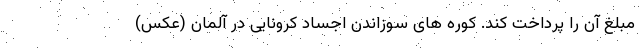
مبلغ آن را پرداخت کند. کوره های سوزاندن اجساد کرونایی در آلمان (عکس)